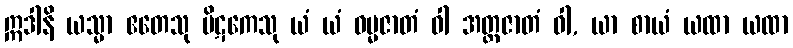
ဣဒါနိ ယသ္မာ ဧတေသု ပိဋကေသု ယံ ယံ ဓမ္မဇာတံ ဝါ အတ္ထဇာတံ ဝါ, ယာ စာယံ ယထာ ယထာ